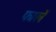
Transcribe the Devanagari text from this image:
फार्ले